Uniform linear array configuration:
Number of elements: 48
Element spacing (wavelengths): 1
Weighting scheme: uniform
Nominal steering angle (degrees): -15
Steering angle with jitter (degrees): -15.524
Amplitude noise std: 0.05
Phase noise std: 0.05

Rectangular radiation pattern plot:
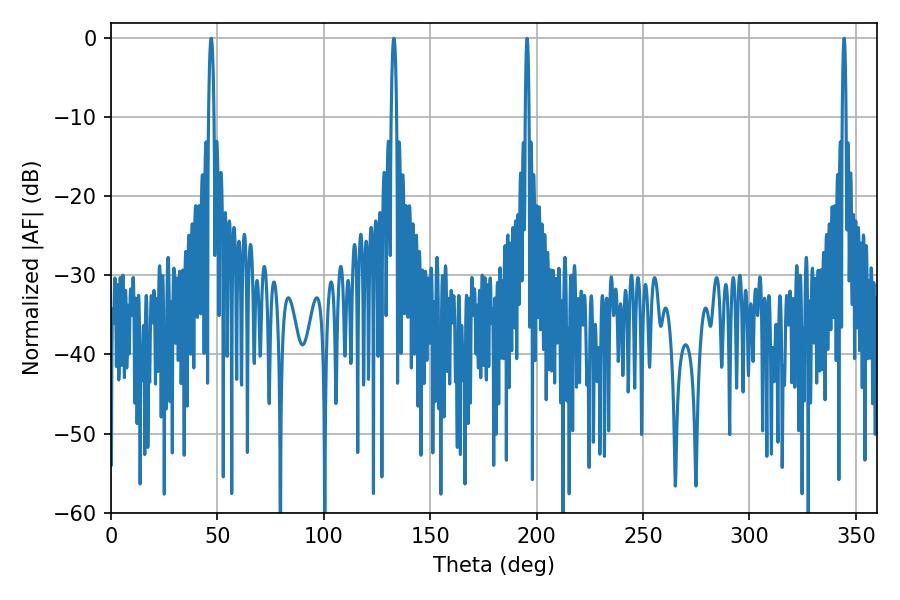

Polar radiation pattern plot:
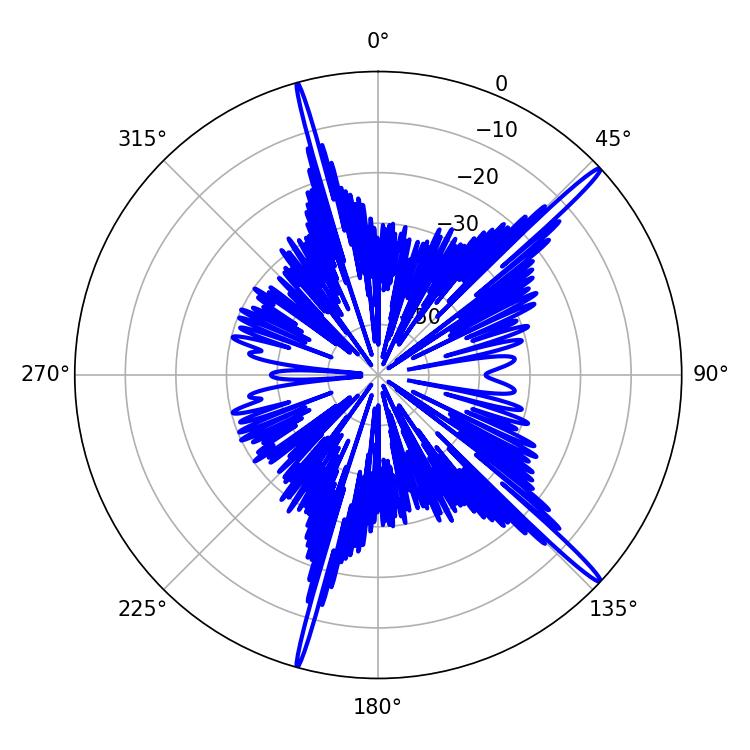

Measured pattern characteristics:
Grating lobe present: TRUE
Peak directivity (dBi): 17.808
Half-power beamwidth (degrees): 0.9
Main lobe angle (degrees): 344.52